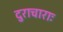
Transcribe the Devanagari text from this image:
दुराचाराः